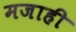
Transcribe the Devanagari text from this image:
मजाही